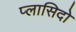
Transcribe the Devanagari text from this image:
प्लासिदो